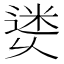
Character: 𨕜